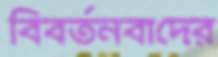
বিবর্তনবাদের